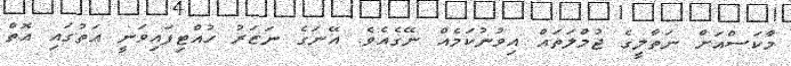
މާކަސްއަށް ނަތާލީގެ ޖުމްލަތައް އިވުނުކަމެއް ނޭގެއެވެ. އޭނަގެ ނަޒަރު ހުއްޓިފައިވަނީ އަތުގައި އޮތް